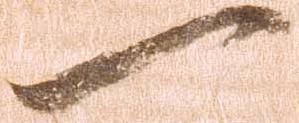
一